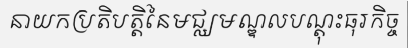
នាយកប្រតិបត្តិនៃមជ្ឈមណ្ឌលបណ្តុះធុរកិច្ច